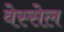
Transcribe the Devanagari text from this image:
वेस्सेल